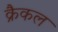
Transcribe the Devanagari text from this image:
क्रैकल